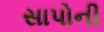
સાપોની